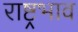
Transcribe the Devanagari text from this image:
राष्ट्रभाव